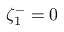
\zeta _ { 1 } ^ { - } = 0